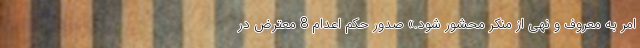
امر به معروف و نهی از منکر محشور شود.» صدور حکم اعدام 8 معترض در